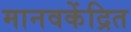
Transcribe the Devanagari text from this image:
मानवकेंद्रित